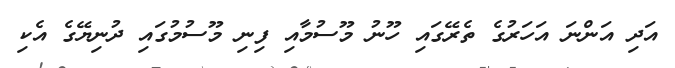
އަދި އަންނަ އަހަރުގެ ތެރޭގައި ހޫނު މޫސުމާއި ފިނި މޫސުމުގައި ދުނިޔޭގެ އެކި